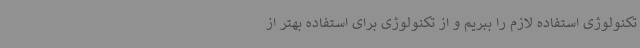
تکنولوژی استفاده‌ لازم را ببریم و از تکنولوژی برای استفاده بهتر از